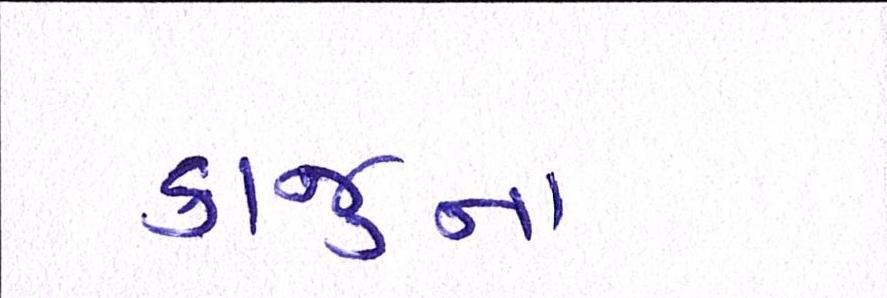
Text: કાજુના